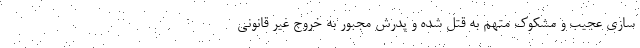
سازی عجیب و مشکوک متهم به قتل شده و پدرش مجبور به خروج غیر قانونی